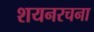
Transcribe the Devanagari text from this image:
शयनरचना